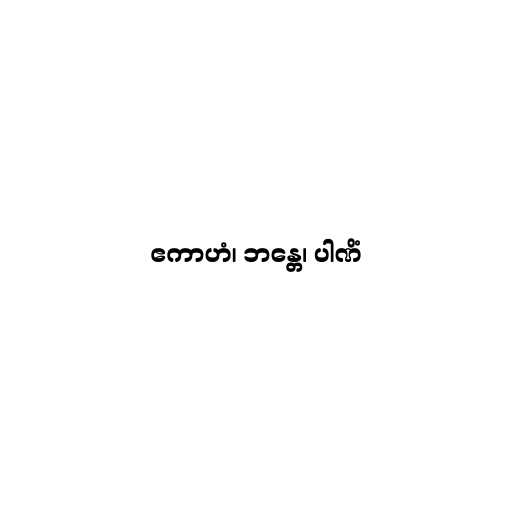
ဧကာဟံ၊ ဘန္တေ၊ ပါဏိံ